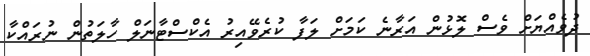
ދުވެއްޔަށް ވެސް ލޮޅުން އަރާނެ ކަމަށް ލަފާ ކުރެވޭއިރު އެކްސްޓާނަލް ހާލަތުން ނުރައްކާ